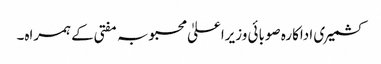
کشمیری اداکارہ صوبائی وزیراعلیٰ محبوبہ مفتی کے ہمراہ۔